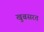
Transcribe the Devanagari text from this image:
खुबसरत